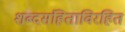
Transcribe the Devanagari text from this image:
शब्दसंहिताविरहित